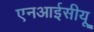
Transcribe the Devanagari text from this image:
एनआईसीयू